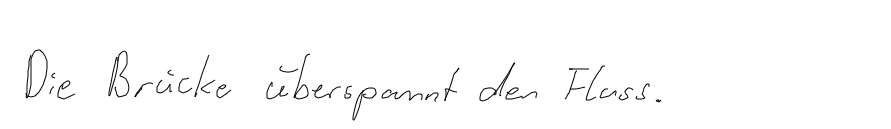
Die Brücke überspannt den Fluss.